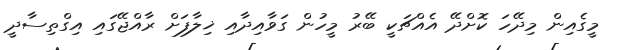
މީގެއިން މިދޭހަ ކޮށްދޭ އެއްޗަކީ ބޭރު މީހުން ގަވާއިދާއި ޚިލާފަށް ރާއްޖޭގައި އިގްތިސާދީ